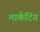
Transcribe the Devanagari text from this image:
मार्कटिंग